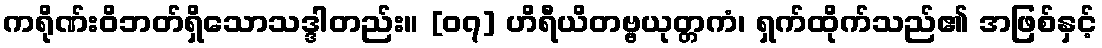
ကရိုဏ်းဝိဘတ်ရှိသောသဒ္ဒါတည်း။ [၀၇] ဟိရီယိတဗ္ဗယုတ္တကံ၊ ရှက်ထိုက်သည်၏ အဖြစ်နှင့်